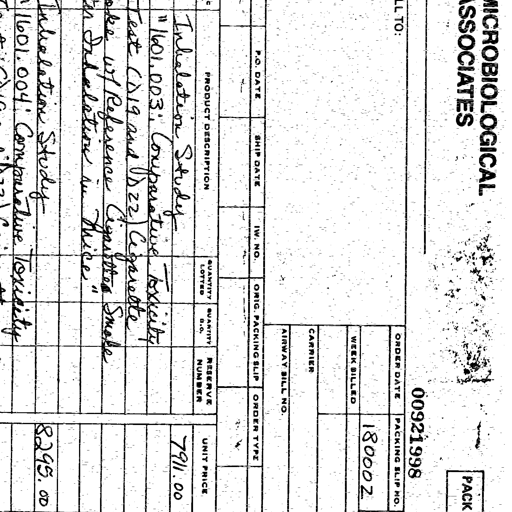
MICROBIOLOGICAL ASSOCIATES
PACK
00921998
ORDER DATE PACKING SLIP NO.
180002
WEEK BILLED
CARRIER
AIRWAY BILL NO.
P.O. DATE SHIP DATE IW. NO. ORIG. PACKING SLIP ORDER TYPE
PRODUCT DESCRIPTION QUANTITY LOTTED QUANTITY B.O. RESERVE NUMBER UNIT PRICE
Inhalation Study "1601.003": Comparative Toxicity Test (D19 and D22) Cigarette Smoke of Reference Cigarette Smoke Inhalation in Mice." 7911.00
Inhalation Study "1601.004": Comparative Toxicity 8295.00